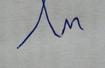
Signature authenticity: forged